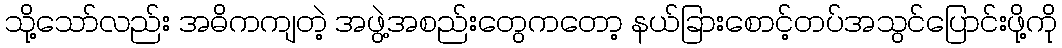
သို့သော်လည်း အဓိကကျတဲ့ အဖွဲ့အစည်းတွေကတော့ နယ်ခြားစောင့်တပ်အသွင်ပြောင်းဖို့ကို